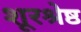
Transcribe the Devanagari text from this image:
शूरश्रेष्ठ